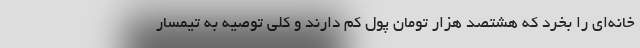
خانه‌ای را بخرد که هشتصد هزار تومان پول کم دارند و کلی توصیه به تیمسار